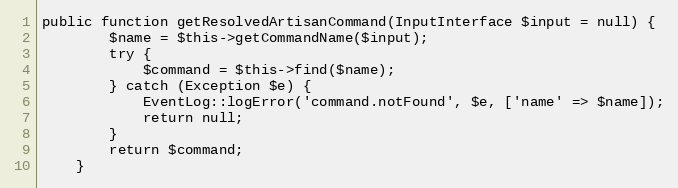
Language: PHP
public function getResolvedArtisanCommand(InputInterface $input = null) {
        $name = $this->getCommandName($input);
        try {
            $command = $this->find($name);
        } catch (Exception $e) {
            EventLog::logError('command.notFound', $e, ['name' => $name]);
            return null;
        }
        return $command;
    }